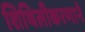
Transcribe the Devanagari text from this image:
शिथिलीकरणाने